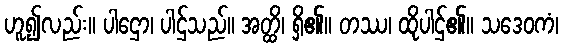
ဟူ၍လည်း။ ပါဌော၊ ပါဌ်သည်။ အတ္ထိ၊ ရှိ၏။ တဿ၊ ထိုပါဌ်၏။ သဒေဝကံ၊